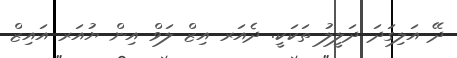
ދޭ އަލިގަދަ ދަލީލު ތަކަކީ. ދެއަރ އިޒް ލަވް އިން ޔުއަރ އައިޒް